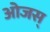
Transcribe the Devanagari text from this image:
ओजस्‌